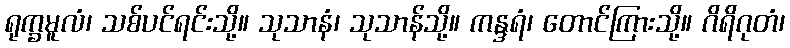
ရုက္ခမူလံ၊ သစ်ပင်ရင်းသို့။ သုသာနံ၊ သုသာန်သို့။ ကန္ဒရံ၊ တောင်ကြားသို့။ ဂိရိဂုတံ၊